Indian journal of veterinary science and animal husbandry - Volumes 22-23, 1952-1953
Year: 1952
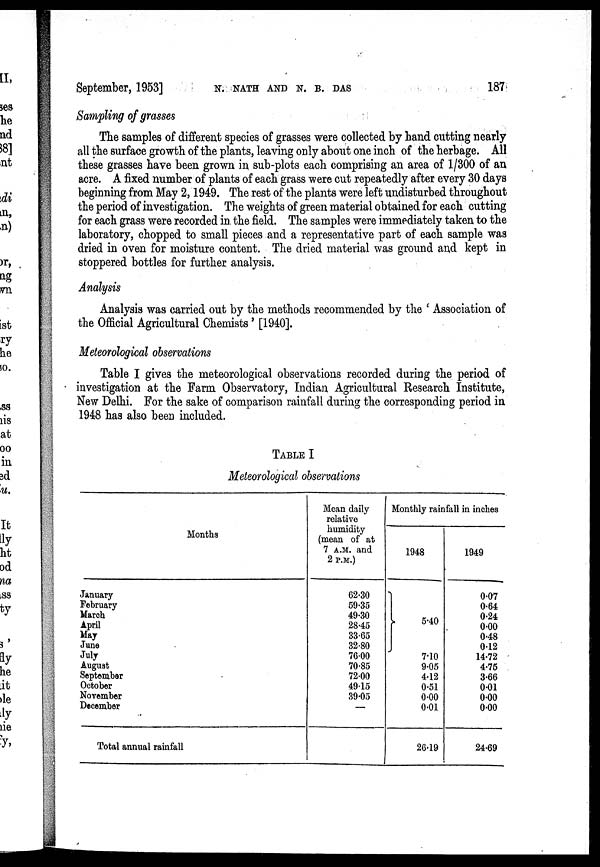
September, 1953]
N.
NATH
AND
N.
B.
DAS
187
Sampling of grasses
The samples of different species of grasses were collected by hand cutting nearly
all the surface growth of the plants, leaving only about one inch of the herbage. All
these grasses have been grown in sub-plots each comprising an area of 1/300 of an
acre. A fixed number of plants of each grass were cut repeatedly after every 30 days
beginning from May 2, 1949. The rest of the plants were left undisturbed throughout
the period of investigation. The weights of green material obtained for each cutting
for each grass were recorded in the field. The samples were immediately taken to the
laboratory, chopped to small pieces and a representative part of each sample was
dried in oven for moisture content. The dried material was ground and kept in
stoppered bottles for further analysis.
Analysis
Analysis was carried out by the methods recommended by the ' Association of
the Official Agricultural Chemists' [1940].
Meteorological observations
Table I gives the meteorological observations recorded during the period of
investigation at the Farm Observatory, Indian Agricultural Research Institute,
New Delhi. For the sake of comparison rainfall during the corresponding period in
1948 has also been included.
TABLE I
Meteorological observations
Months
January
February
March
April
May
June
July
August
September
October
November
December
Total annual rainfall
Mean daily
relative
humidity
(mean of at
7 A.M. and
2 P.M.)
62.30
59.35
49.30
28.45
33.65
32.80
76.00
70.85
72.00
49.15
39.05
—
Monthly rainfall in inches
1948
}
5.40
7.10
9.05
4.12
0.51
0.00
0.01
26.19
1949
0.07
0.64
0.24
0.00
0.48
0.12
14.72
4.75
3.66
0.01
0.00
0.00
24.69